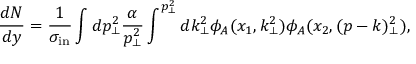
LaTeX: \frac { d N } { d y } = \frac { 1 } { \sigma _ { \mathrm { { i n } } } } \int d p _ { \perp } ^ { 2 } \frac { \alpha } { p _ { \perp } ^ { 2 } } \int ^ { p _ { \perp } ^ { 2 } } d k _ { \perp } ^ { 2 } \phi _ { A } ( x _ { 1 } , k _ { \perp } ^ { 2 } ) \phi _ { A } ( x _ { 2 } , ( p - k ) _ { \perp } ^ { 2 } ) ,